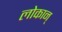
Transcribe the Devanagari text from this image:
लोकान्